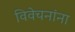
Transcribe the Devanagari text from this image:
विवेचनांना